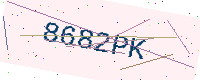
Text: 8682PK